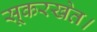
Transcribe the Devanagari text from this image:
सूकरखेत।